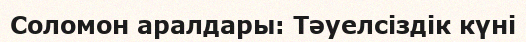
Соломон аралдары: Тәуелсіздік күні